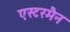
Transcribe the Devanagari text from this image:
एस्टरमैन